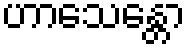
ဟာသေန္တော